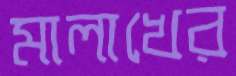
মালাখের